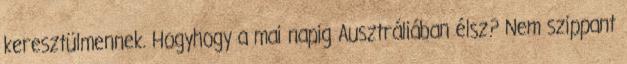
keresztülmennek. Hogyhogy a mai napig Ausztráliában élsz? Nem szippant